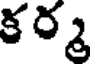
కర్మ